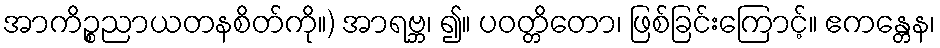
အာကိဉ္စညာယတနစိတ်ကို။) အာရဗ္ဘ၊ ၍။ ပဝတ္တိတော၊ ဖြစ်ခြင်းကြောင့်။ ဧကန္တေန၊